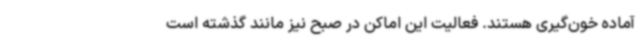
آماده خون‌گیری هستند. فعالیت این اماکن در صبح نیز مانند گذشته است